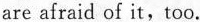
are afraid of it,too.